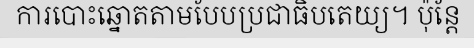
ការបោះឆ្នោតតាមបែបប្រជាធិបតេយ្យ។ ប៉ុន្តែ